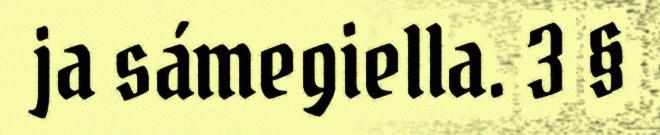
ja sámegiella. 3 §